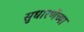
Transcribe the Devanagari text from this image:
सुधारणेंच्या